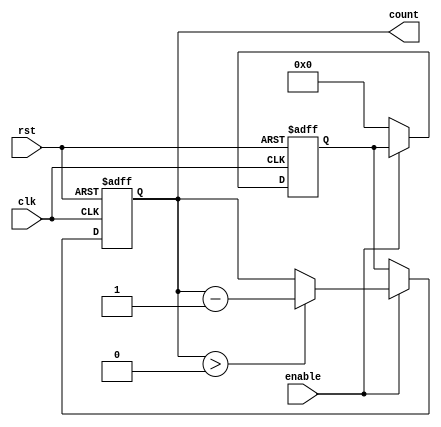
module BCD_Down_Counter_with_Enable (
    input wire clk,
    input wire rst,
    input wire enable,
    output reg [3:0] count
);

reg [3:0] preset;

always @ (posedge clk or posedge rst) begin
    if (rst) begin
        count <= 4'b0000;
        preset <= 4'b0000;
    end else if (enable) begin
        if (count > 4'b0000) begin
            count <= count - 1;
        end
    end else begin
        count <= preset;
        preset <= 4'b0000;
    end
end

endmodule